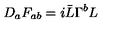
D _ { a } F _ { a b } = i \bar { L } \Gamma ^ { b } L